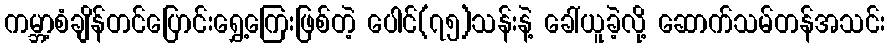
ကမ္ဘာ့စံချိန်တင်ပြောင်းရွှေ့ကြေးဖြစ်တဲ့ ပေါင်(၇၅)သန်းနဲ့ ခေါ်ယူခဲ့လို့ ဆောက်သမ်တန်အသင်း